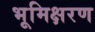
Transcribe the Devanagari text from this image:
भूमिक्षरण